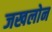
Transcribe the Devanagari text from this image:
जखलोन